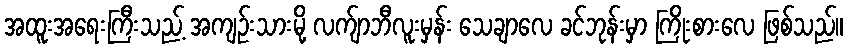
အထူးအရေးကြီးသည့် အကျဉ်းသားမို့ လက်ျာဘီလူးမှန်း သေချာလေ ခင်ဘုန်းမှာ ကြိုးစားလေ ဖြစ်သည်။